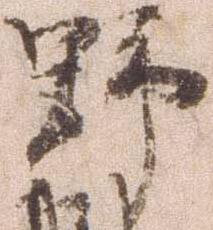
野